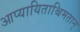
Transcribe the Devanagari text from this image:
आप्यायिताश्चिमतान्